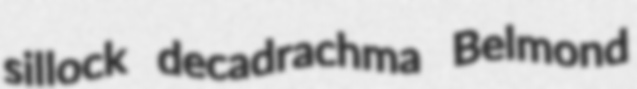
sillock decadrachma Belmond